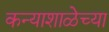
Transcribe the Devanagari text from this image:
कन्याशाळेच्या